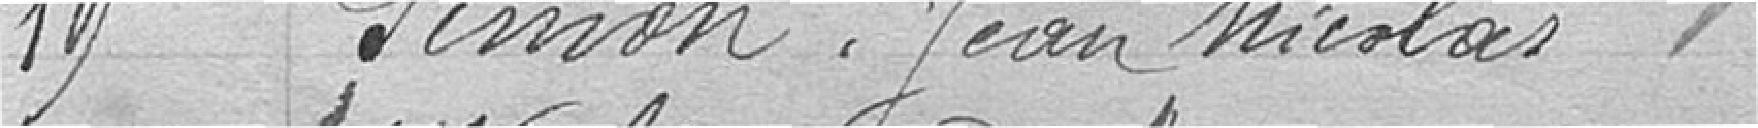
19 SIMON, Jean-Nicolas